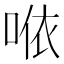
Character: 𠵱